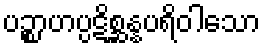
ပဉ္စာဟပ္ပဋိစ္ဆန္နပရိဝါသော